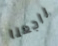
راجعنا